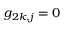
g _ { 2 k , j } = 0